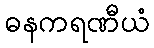
ဓနကရဏီယံ